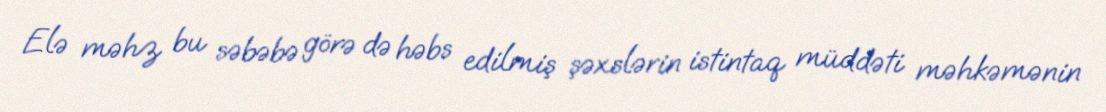
Elə məhz bu səbəbə görə də həbs edilmiş şəxslərin istintaq müddəti məhkəmənin